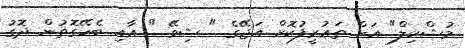
މުޝްކިލް" އަށް ތަޢުރީފުކޮށް އަޖޭގެ " ޝިވޭ " އާއި ބެހޭގޮތުން ދޮގު